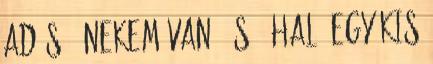
adós : Nekem van, és . Haló Egy kis